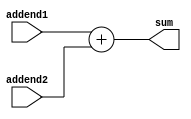
module Adder
(
	input wire [31:0]addend1,
	input wire [31:0]addend2,
	output reg [31:0]sum
);

	always @(*)
		begin
			sum <= addend1 + addend2;
		end
		
endmodule